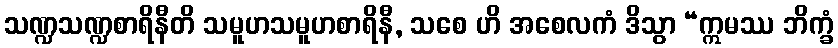
သဏ္ဍသဏ္ဍစာရိနီတိ သမူဟသမူဟစာရိနီ, သစေ ဟိ အစေလကံ ဒိသွာ “ဣမဿ ဘိက္ခံ